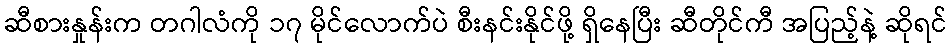
ဆီစားနှုန်းက တဂါလံကို ၁၇ မိုင်လောက်ပဲ စီးနင်းနိုင်ဖို့ ရှိနေပြီး ဆီတိုင်ကီ အပြည့်နဲ့ ဆိုရင်